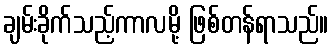
ချမ်းခိုက်သည့်ကာလမို့ ဖြစ်တန်ရာသည်။